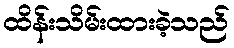
ထိန်းသိမ်းထားခဲ့သည်